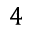
4